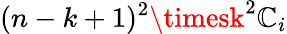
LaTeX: (n-k+1)^{2}\timesk^{2}\mathbb{C}_{i}